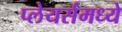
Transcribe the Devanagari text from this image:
प्लेयर्समध्ये